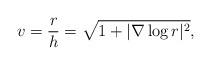
LaTeX: \begin{align*}v=\frac{r}{h}=\sqrt{1+|\nabla \log r|^2},\end{align*}